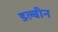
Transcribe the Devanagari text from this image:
डल्बीन